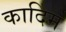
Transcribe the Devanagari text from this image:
कादिम